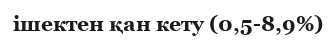
ішектен қан кету (0,5-8,9%)